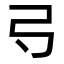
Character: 𢎚